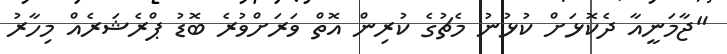
"ޖާމަނީއާ ދެކޮޅަށް ކުޅުނު މެޗުގެ ކުރިން އޮތް ވަރަށްވުރެ ބޮޑު ޕްރެޝަރެއް މިހާރު